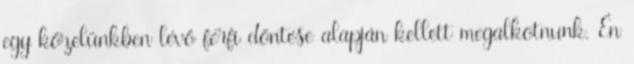
egy közelünkben lévő férfi döntése alapján kellett megalkotnunk. Én